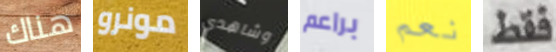
هناك مونرو وشاهدي براعم نعم فقط